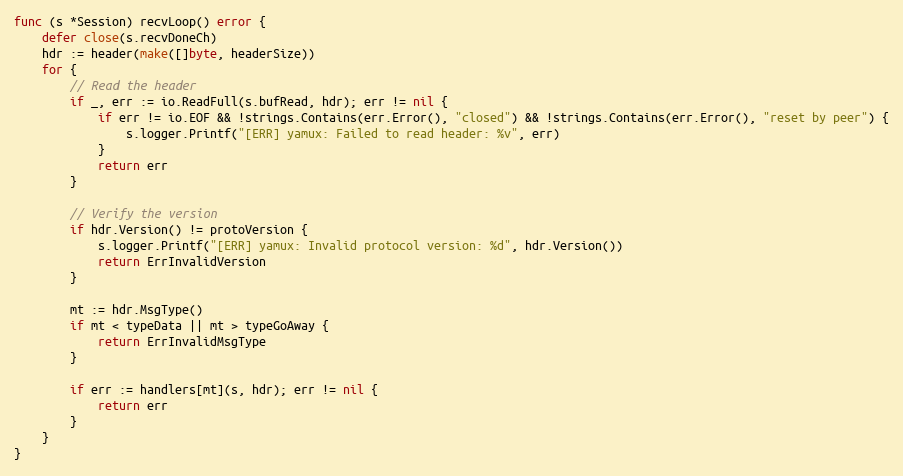
Language: Go
func (s *Session) recvLoop() error {
	defer close(s.recvDoneCh)
	hdr := header(make([]byte, headerSize))
	for {
		// Read the header
		if _, err := io.ReadFull(s.bufRead, hdr); err != nil {
			if err != io.EOF && !strings.Contains(err.Error(), "closed") && !strings.Contains(err.Error(), "reset by peer") {
				s.logger.Printf("[ERR] yamux: Failed to read header: %v", err)
			}
			return err
		}

		// Verify the version
		if hdr.Version() != protoVersion {
			s.logger.Printf("[ERR] yamux: Invalid protocol version: %d", hdr.Version())
			return ErrInvalidVersion
		}

		mt := hdr.MsgType()
		if mt < typeData || mt > typeGoAway {
			return ErrInvalidMsgType
		}

		if err := handlers[mt](s, hdr); err != nil {
			return err
		}
	}
}